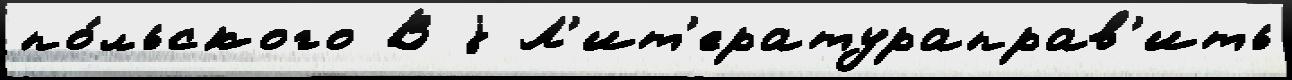
по́льского В j Л'ит'ератураправ'ить